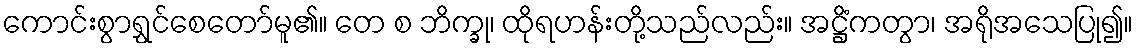
ကောင်းစွာရွှင်စေတော်မူ၏။ တေ စ ဘိက္ခု၊ ထိုရဟန်းတို့သည်လည်း။ အဋ္ဌိံကတွာ၊ အရိုအသေပြု၍။